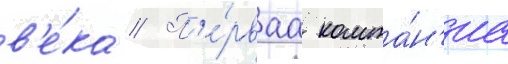
в'е́ка // П'е́рваа компа́н'иа